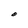
Character: 0